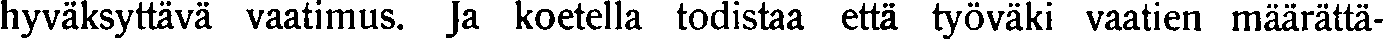
hyväksyttävä vaatimus. Ja koetella todistaa että työväki vaatien määrättä-